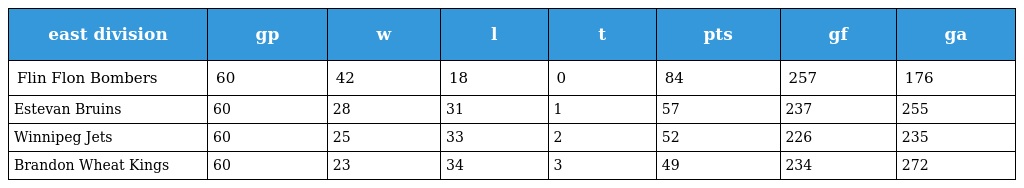
| east division | gp | w | l | t | pts | gf | ga |
 | --- | --- | --- | --- | --- | --- | --- | --- |
 | Flin Flon Bombers | 60 | 42 | 18 | 0 | 84 | 257 | 176 |
 | Estevan Bruins | 60 | 28 | 31 | 1 | 57 | 237 | 255 |
 | Winnipeg Jets | 60 | 25 | 33 | 2 | 52 | 226 | 235 |
 | Brandon Wheat Kings | 60 | 23 | 34 | 3 | 49 | 234 | 272 |